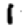
Digit: 1